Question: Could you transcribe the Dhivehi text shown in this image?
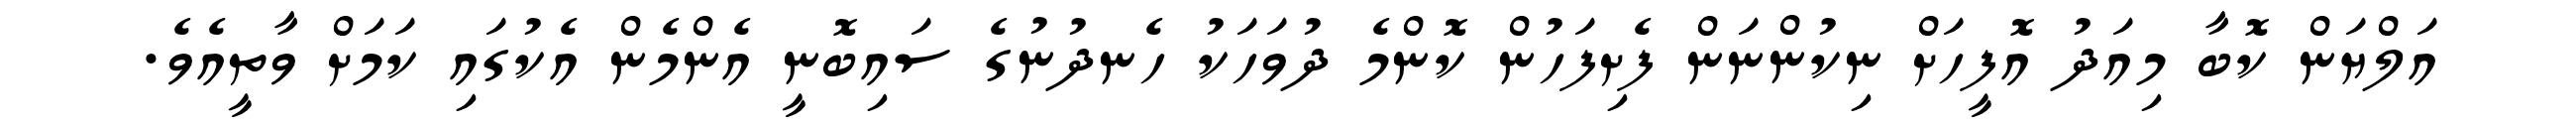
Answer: އަލްޔަން ކޮބާ މިއަދު އޮފީހަށް ނިކުންނަން ފެށިފަހުން ކޮންމެ ދުވަހަކު ހެނދުނުގެ ސައިބޮނީ އެންމެން އެކުގައި ކަމަށް ވާތީއެވެ.